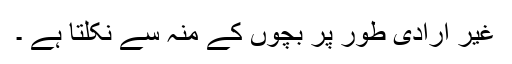
غیر ارادی طور پر بچوں کے منہ سے نکلتا ہے ۔